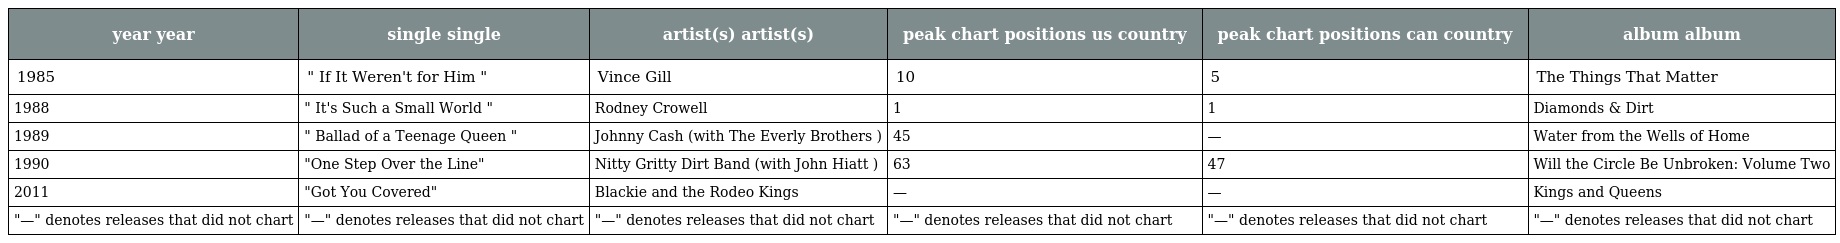
| year year | single single | artist(s) artist(s) | peak chart positions us country | peak chart positions can country | album album |
 | --- | --- | --- | --- | --- | --- |
 | 1985 | " If It Weren't for Him " | Vince Gill | 10 | 5 | The Things That Matter |
 | 1988 | " It's Such a Small World " | Rodney Crowell | 1 | 1 | Diamonds & Dirt |
 | 1989 | " Ballad of a Teenage Queen " | Johnny Cash (with The Everly Brothers ) | 45 | — | Water from the Wells of Home |
 | 1990 | "One Step Over the Line" | Nitty Gritty Dirt Band (with John Hiatt ) | 63 | 47 | Will the Circle Be Unbroken: Volume Two |
 | 2011 | "Got You Covered" | Blackie and the Rodeo Kings | — | — | Kings and Queens |
 | "—" denotes releases that did not chart | "—" denotes releases that did not chart | "—" denotes releases that did not chart | "—" denotes releases that did not chart | "—" denotes releases that did not chart | "—" denotes releases that did not chart |